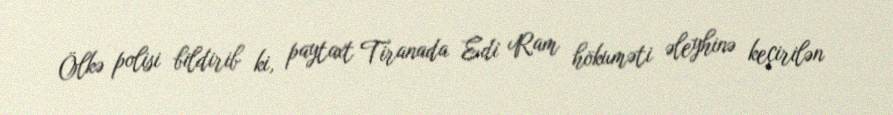
Ölkə polisi bildirib ki, paytaxt Tiranada Edi Ram hökuməti əleyhinə keçirilən